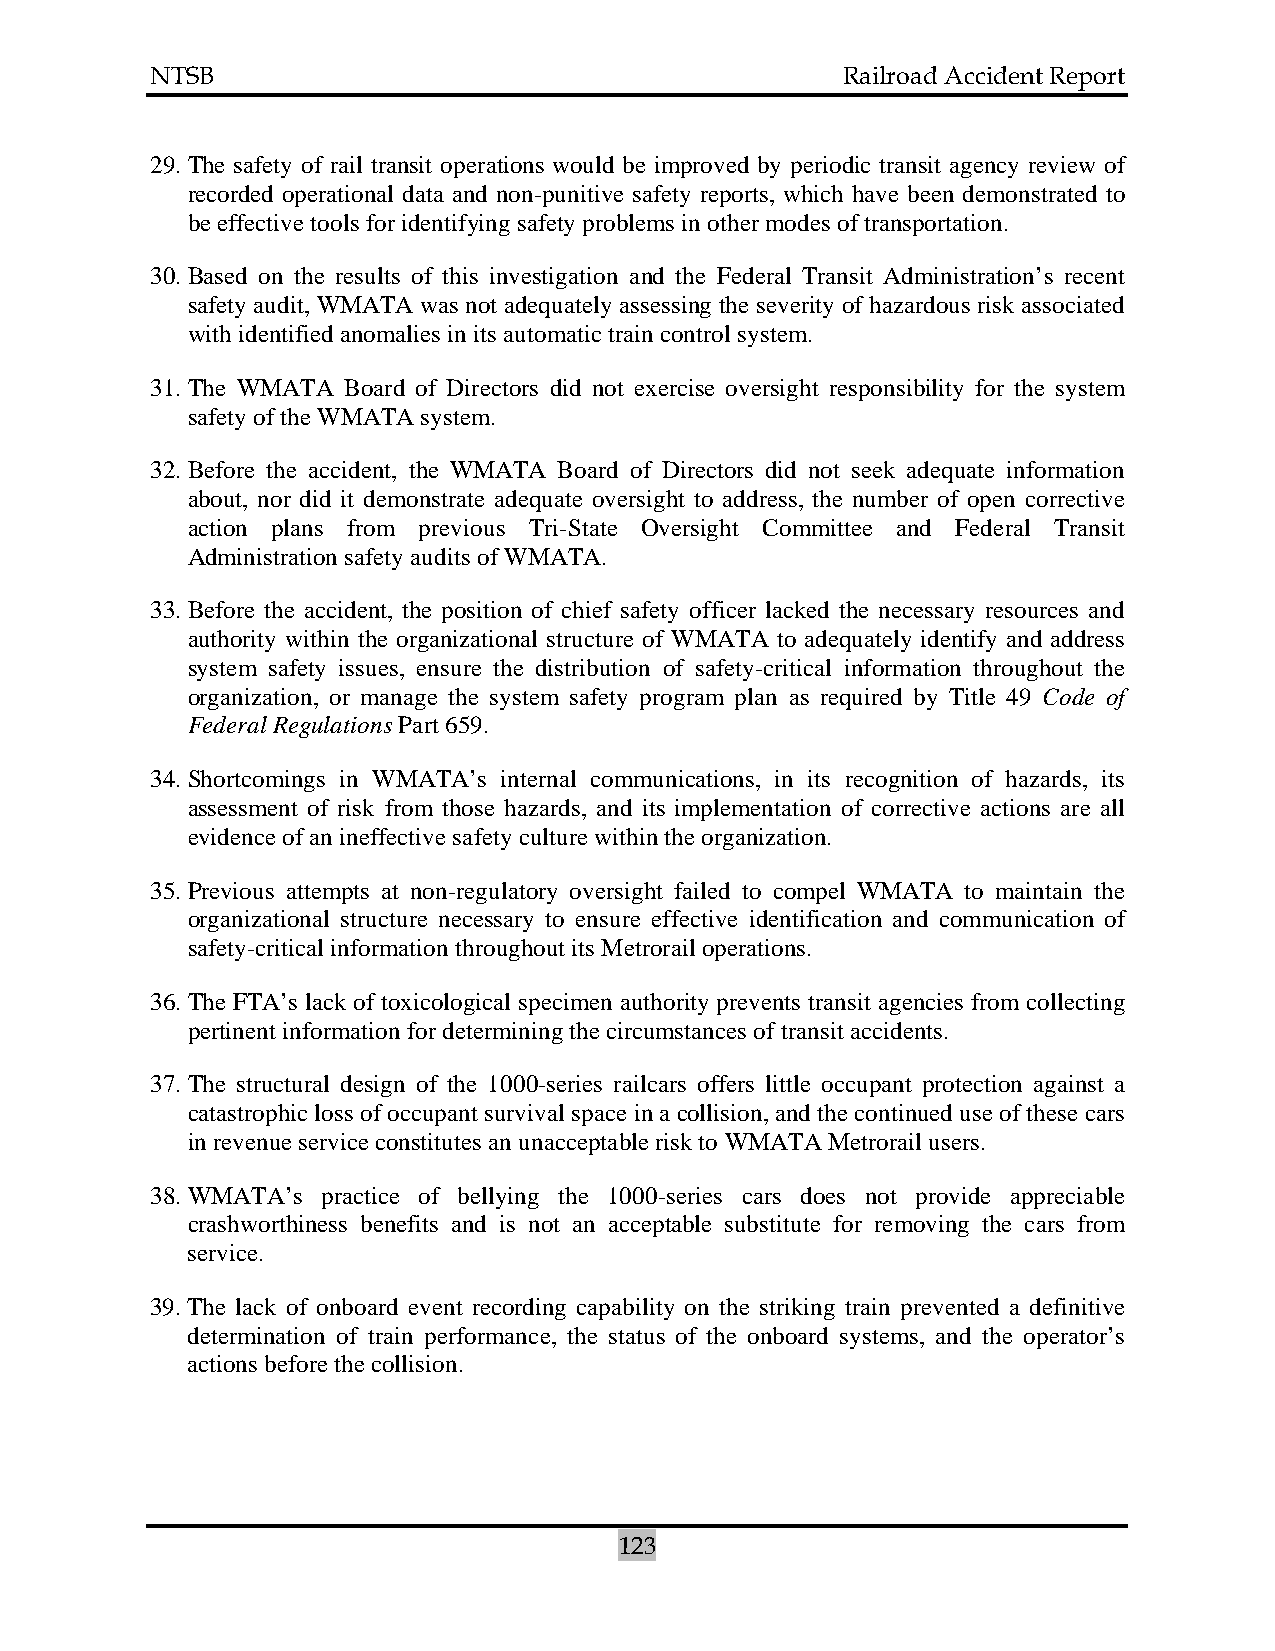
NTSB                                          Railroad Accident Report
 29. The safety of rail transit operations would be improved by periodic transit agency review of
 recorded operational data and non-punitive safety reports, which have been demonstrated to
 be effective tools for identifying safety problems in other modes of transportation.
 30. Based on the results of this investigation and the Federal Transit Administration’s recent
 safety audit, WMATA was not adequately assessing the severity of hazardous risk associated
 with identified anomalies in its automatic train control system.
 31. The WMATA Board of Directors did not exercise oversight responsibility for the system
 safety of the WMATA system.
 32. Before the accident, the WMATA Board of Directors did not seek adequate information
 about, nor did it demonstrate adequate oversight to address, the number of open corrective
 action plans from previous Tri-State Oversight Committee and Federal Transit
 Administration safety audits of WMATA.
 33. Before the accident, the position of chief safety officer lacked the necessary resources and
 authority within the organizational structure of WMATA to adequately identify and address
 system safety issues, ensure the distribution of safety-critical information throughout the
 organization, or manage the system safety program plan as required by Title 49 Code of
 Federal Regulations Part 659.
 34. Shortcomings in WMATA’s internal communications, in its recognition of hazards, its
 assessment of risk from those hazards, and its implementation of corrective actions are all
 evidence of an ineffective safety culture within the organization.
 35. Previous attempts at non-regulatory oversight failed to compel WMATA to maintain the
 organizational structure necessary to ensure effective identification and communication of
 safety-critical information throughout its Metrorail operations.
 36. The FTA’s lack of toxicological specimen authority prevents transit agencies from collecting
 pertinent information for determining the circumstances of transit accidents.
 37. The structural design of the 1000-series railcars offers little occupant protection against a
 catastrophic loss of occupant survival space in a collision, and the continued use of these cars
 in revenue service constitutes an unacceptable risk to WMATA Metrorail users.
 38. WMATA’s practice of bellying the 1000-series cars does not provide appreciable
 crashworthiness benefits and is not an acceptable substitute for removing the cars from
 service.
 39. The lack of onboard event recording capability on the striking train prevented a definitive
 determination of train performance, the status of the onboard systems, and the operator’s
 actions before the collision.
 123